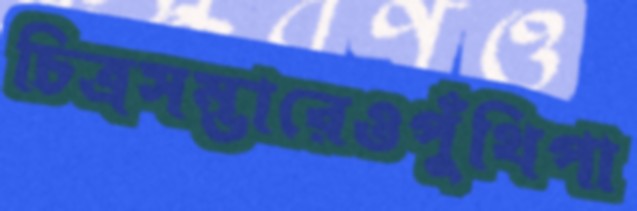
চিত্রসম্ভারেওপুঁথিপা